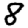
Digit: 8